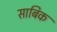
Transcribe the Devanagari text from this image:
साबिक